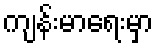
ကျန်းမာရေးမှာ